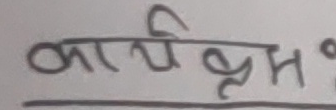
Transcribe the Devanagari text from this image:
कार्यक्रम